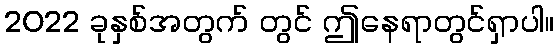
2022 ခုနှစ်အတွက် တွင် ဤနေရာတွင်ရှာပါ။